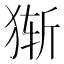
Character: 𰡔